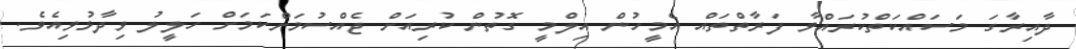
ދާއިރާގަ މަސައްކަތްކުރައްވާ ފަރާތްތައް އެމީހުން އިލްމީ ގޮތުން ކުރިއަށް ޖެއްސުމަށްކަމަށް ހަލީލު ވިދާޅުވިއެވެ.